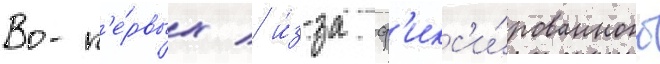
Во-п'е́рвых / и́з-за ф'икс'и́рованного